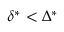
\delta ^ { * } < \Delta ^ { * }